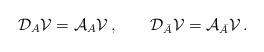
LaTeX: \begin{align*}{\cal D}_A{\cal V}= {\cal A}_A{\cal V}\,, \qquad{\cal D}_{\bar A}{\cal V}={\cal A}_{\bar A}{\cal V}\,. \end{align*}